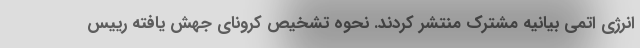
انرژی اتمی بیانیه مشترک منتشر کردند. نحوه تشخیص کرونای جهش یافته رییس